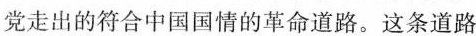
党走出的符合中国国情的革命道路。这条道路